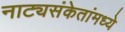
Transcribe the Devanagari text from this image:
नाट्यसंकेतांमध्ये